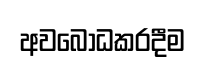
අවබෝධකරදීම